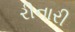
રીનારી